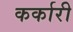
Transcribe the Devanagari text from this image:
कर्कारी